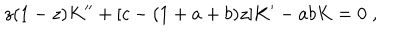
z ( 1 - z ) K ^ { \prime \prime } + [ c - ( 1 + a + b ) z ] K ^ { \prime } - a b K = 0 \; ,